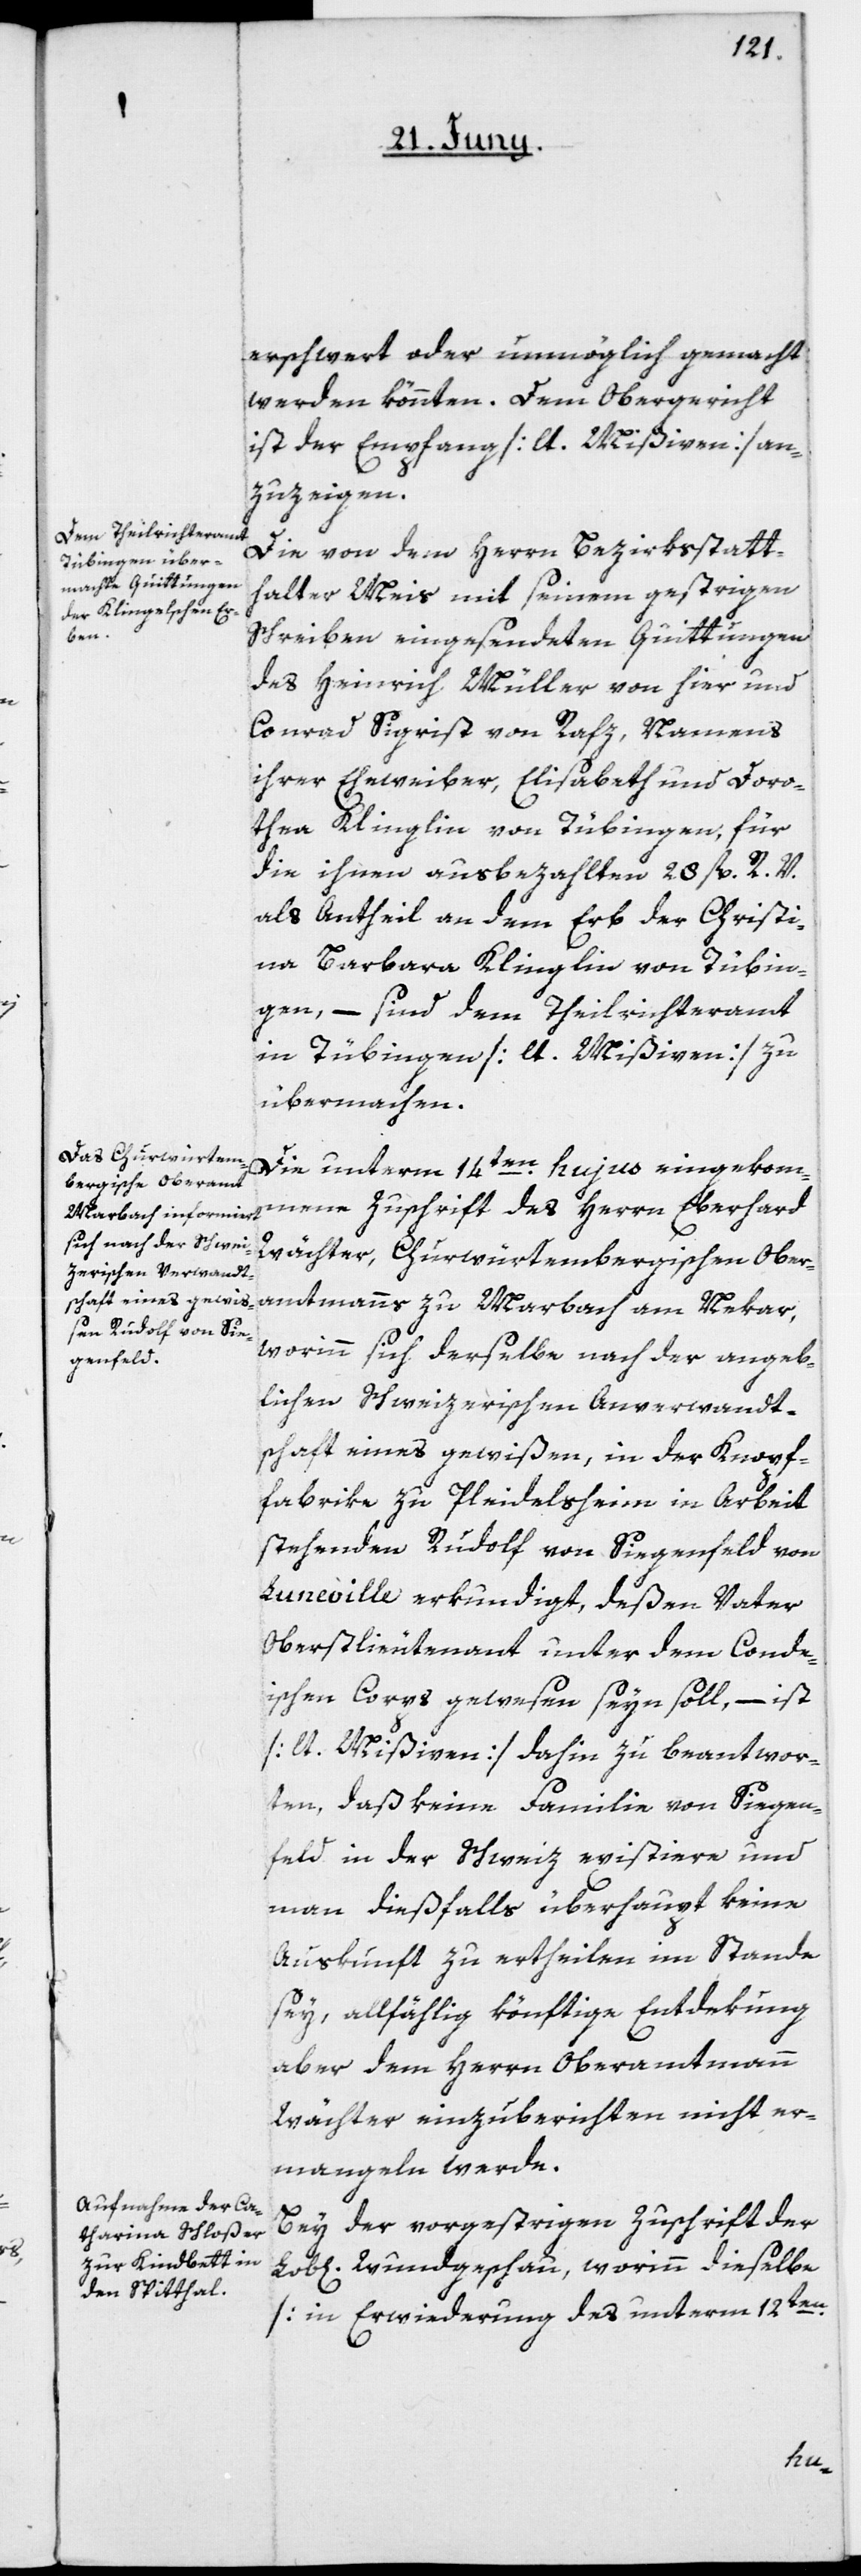
erschwert oder unmöglich gemacht
werden könnten. Dem Obergericht
ist der Empfang [lt. Mißiven] an¬
zuzeigen.
Die von dem Herrn Bezirksstatt¬
halter Meis mit seinem gestrigen
Schreiben eingesendeten Quittungen
des Heinrich Müller von hier und
Conrad Sigrist von Rafz, namens
ihrer Eheweiber, Elisabeth und Doro¬
thea Klinglin von Tübingen, für
die ihnen ausbezahlten 28 fl. R. V.
als Antheil an dem Erb der Christi¬
na Barbara Klinglin von Tübin¬
gen, – sind dem Theilrichteramt
in Tübingen [lt. Mißiven] zu
übermachen.
Die unterm 14ten hujus eingekom¬
mene Zuschrift des Herrn Eberhard
Wächter, Churwürtembergischen Ober¬
amtmanns zu Marbach am Nekar,
worinn sich derselbe nach der angeb¬
lichen Schweizerischen Anverwandt¬
schaft eines gewißen, in der Knopf¬
fabrik zu Pleidelsheim in Arbeit
stehenden Rudolf von Siegenfeld von
Luneville erkundigt, deßen Vater
Oberstlieutenant unter dem Conde¬
ischen Corps gewesen seyn soll, – ist
[lt. Mißiven] dahin zu beantwor¬
ten, daß keine Familie von Siegen¬
feld in der Schweiz existiere und
man dießfalls überhaupt keine
Auskunft zu ertheilen im Stande
sey, allfählig könftige Entdekung
aber dem Herrn Oberamtmann
Wächter einzuberichten nicht er¬
mangeln werde.
Bey der vorgestrigen Zuschrift der
Wundgeschau, worinn dieselbe
[in Erwiederung des unterm 12ten